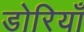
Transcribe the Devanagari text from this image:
डोरियाँ